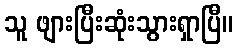
သူ ဖျားပြီးဆုံးသွားရှာပြီ။